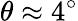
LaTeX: \theta\approx 4^{\circ}